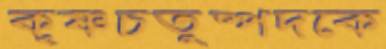
কৃষ্ণচতুষ্পদকে